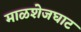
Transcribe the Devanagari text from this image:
माळशेजघाट